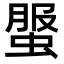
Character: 𧌘